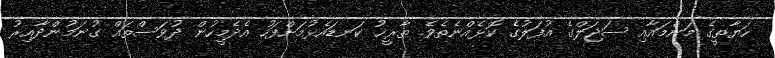
ހަޔާތީގެ މަންމައާއި ސަޖަލްގެ އުފަލުގެ ކޮޅެއްނެތެވެ. ތާރީޚު ކަނޑައެޅުމަށްފަހު އެދެމީހުން ދުވަސްތައް ގުނަމުންދާއިރު